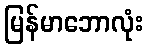
မြန်မာဘောလုံး